Annual administration report of the Civil Veterinary Department of India - 1893-1894
Year: 1893
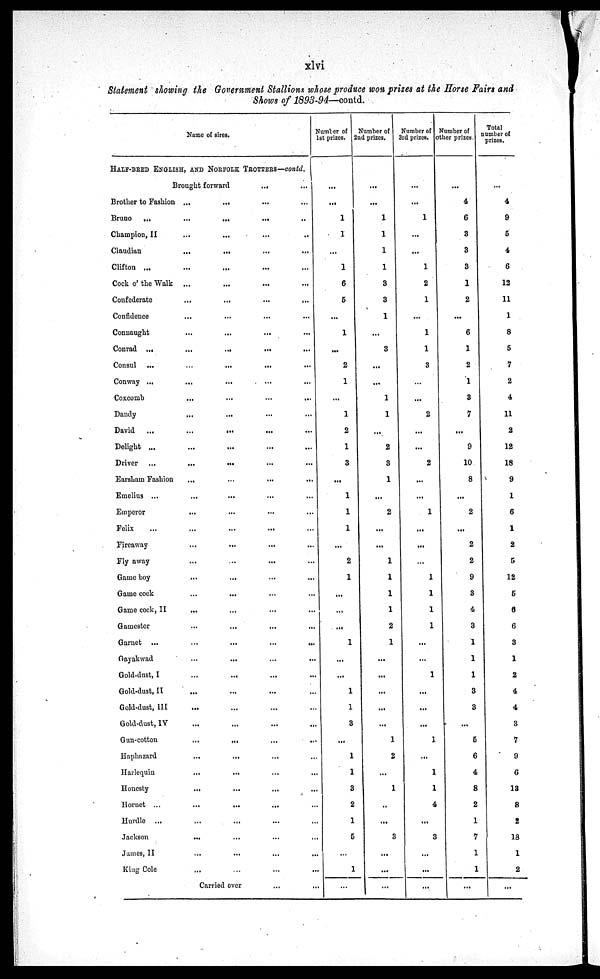
xlvi
Statement showing the Government Stallions whose produce won prizes at the Horse Fairs and
Shows of 1893-94—contd.
Name of sires.
HALF-BRED ENGLISH, AND NORFOLK TROTTERS—contd.
Brought forward ... ...
Brother to Fashion ... ... ... ...
Bruno
... ... ... ... ...
Champion, II ... ... ... ...
Claudian ... ... ... ...
Clifton ... ... ... ... ...
Cock o' the Walk ... ... ... ...
Confederate ... ... ... ...
Confidence ... ... ... ...
Conuaught ... ... ... ...
Conrad ... ... ... ... ...
Consul ... ... ... ... ...
Conway ... ... ... ... ...
Coxcomb ... ... ... ...
Dandy ... ... ... ...
David ... ... ... ... ...
Delight ... ... ... ... ...
Driver ... ... ... ... ...
Earsham Fashion ... ... ... ...
Emelius ... ... ... ... ...
Emperor ... ... ... ...
Felix ... ... ... ... ...
Fireaway ... ... ... ...
Fly away ... ... ... ...
Game boy ... ... ... ...
Game cock ... ... ... ...
Game cock, II ... ... ... ...
Gamester ... ... ... ...
Garnet ... ... ... ... ...
Gayakwad ... ... ... ...
Gold-dust, I ... ... ... ...
Gold-dust, II ... ... ... ...
Gold-dust, III ... ... ... ...
Gold-dust, IV ... ... ... ...
Gun-cotton ... ... ... ...
Haphazard ... ... ... ...
Harlequin ... ... ... ...
Honesty ... ... ... ...
Hornet ... ... ... ... ...
Hurdle ... ... ... ... ...
Jackson ... ... ... ...
James, II ... ... ... ...
King Cole ... ... ... ...
Carried over
...
...
Number of
1st prizes.
...
...
1
1
...
1
6
5
...
1
...
2
1
...
1
2
1
3
...
1
1
1
...
2
1
...
...
...
1
...
...
1
1
3
...
1
1
3
2
1
5
...
1
...
Number of
2nd prizes.
...
...
1
1
1
1
3
3
1
...
3
...
...
1
1
...
2
3
1
...
2
...
...
1
1
1
1
2
1
...
...
...
...
...
1
2
...
1
...
...
3
...
...
...
Number of
3rd prizes.
...
...
1
...
...
1
2
1
...
1
1
3
...
...
2
...
...
2
...
...
1
...
...
...
1
1
1
1
...
...
1
...
...
...
1
...
1
1
4
...
3
...
...
...
Number of
other prizes.
...
4
6
3
3
3
1
2
...
6
1
2
1
3
7
...
9
10
8
...
2
...
2
2
9
3
4
3
1
1
1
3
3
...
5
6
4
8
2
1
7
1
1
...
Total
number of
prizes.
...
4
9
5
4
6
12
11
1
8
5
7
2
4
11
2
12
18
9
1
6
1
2
5
12
5
6
6
3
1
2
4
4
3
7
9
6
13
8
2
18
1
2
...